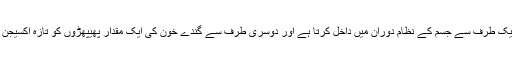
سکڑ کے عمل کے دوران وہ خون کو ایک طرف سے جسم کے نظام دوران میں داخل کرتا ہے اور دوسری طرف سے گندے خون کی ایک مقدار پھیپھڑوں کو تازہ آکسیجن حاصل کرنے کے لیے روانہ کرتا ہے۔